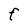
Character: F